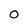
Character: O